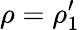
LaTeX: \rho=\rho_{1}^{\prime}